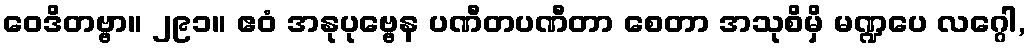
ဝေဒိတဗ္ဗာ။ ၂၉၁။ ဧဝံ အနုပုဗ္ဗေန ပဏီတပဏီတာ စေတာ အသုစိမှိ မဏ္ဍပေ လဂ္ဂေါ,